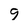
Character: 9